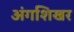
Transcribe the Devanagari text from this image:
अंगशिखर